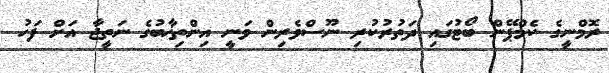
ރޮމްނީގެ ކެމްޕޭން ބޯޓުގައި ދަތުރުކުރި ނޫސްވެރިން ވަނީ އިންތިޚާބުގެ ނަތީޖާ އަށް ފަހު